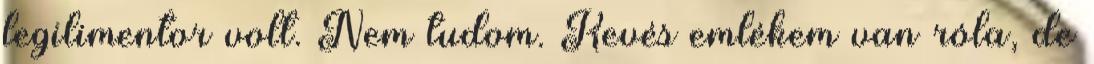
legilimentor volt. Nem tudom. Kevés emlékem van róla, de